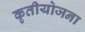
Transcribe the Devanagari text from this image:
कृतीयोजना